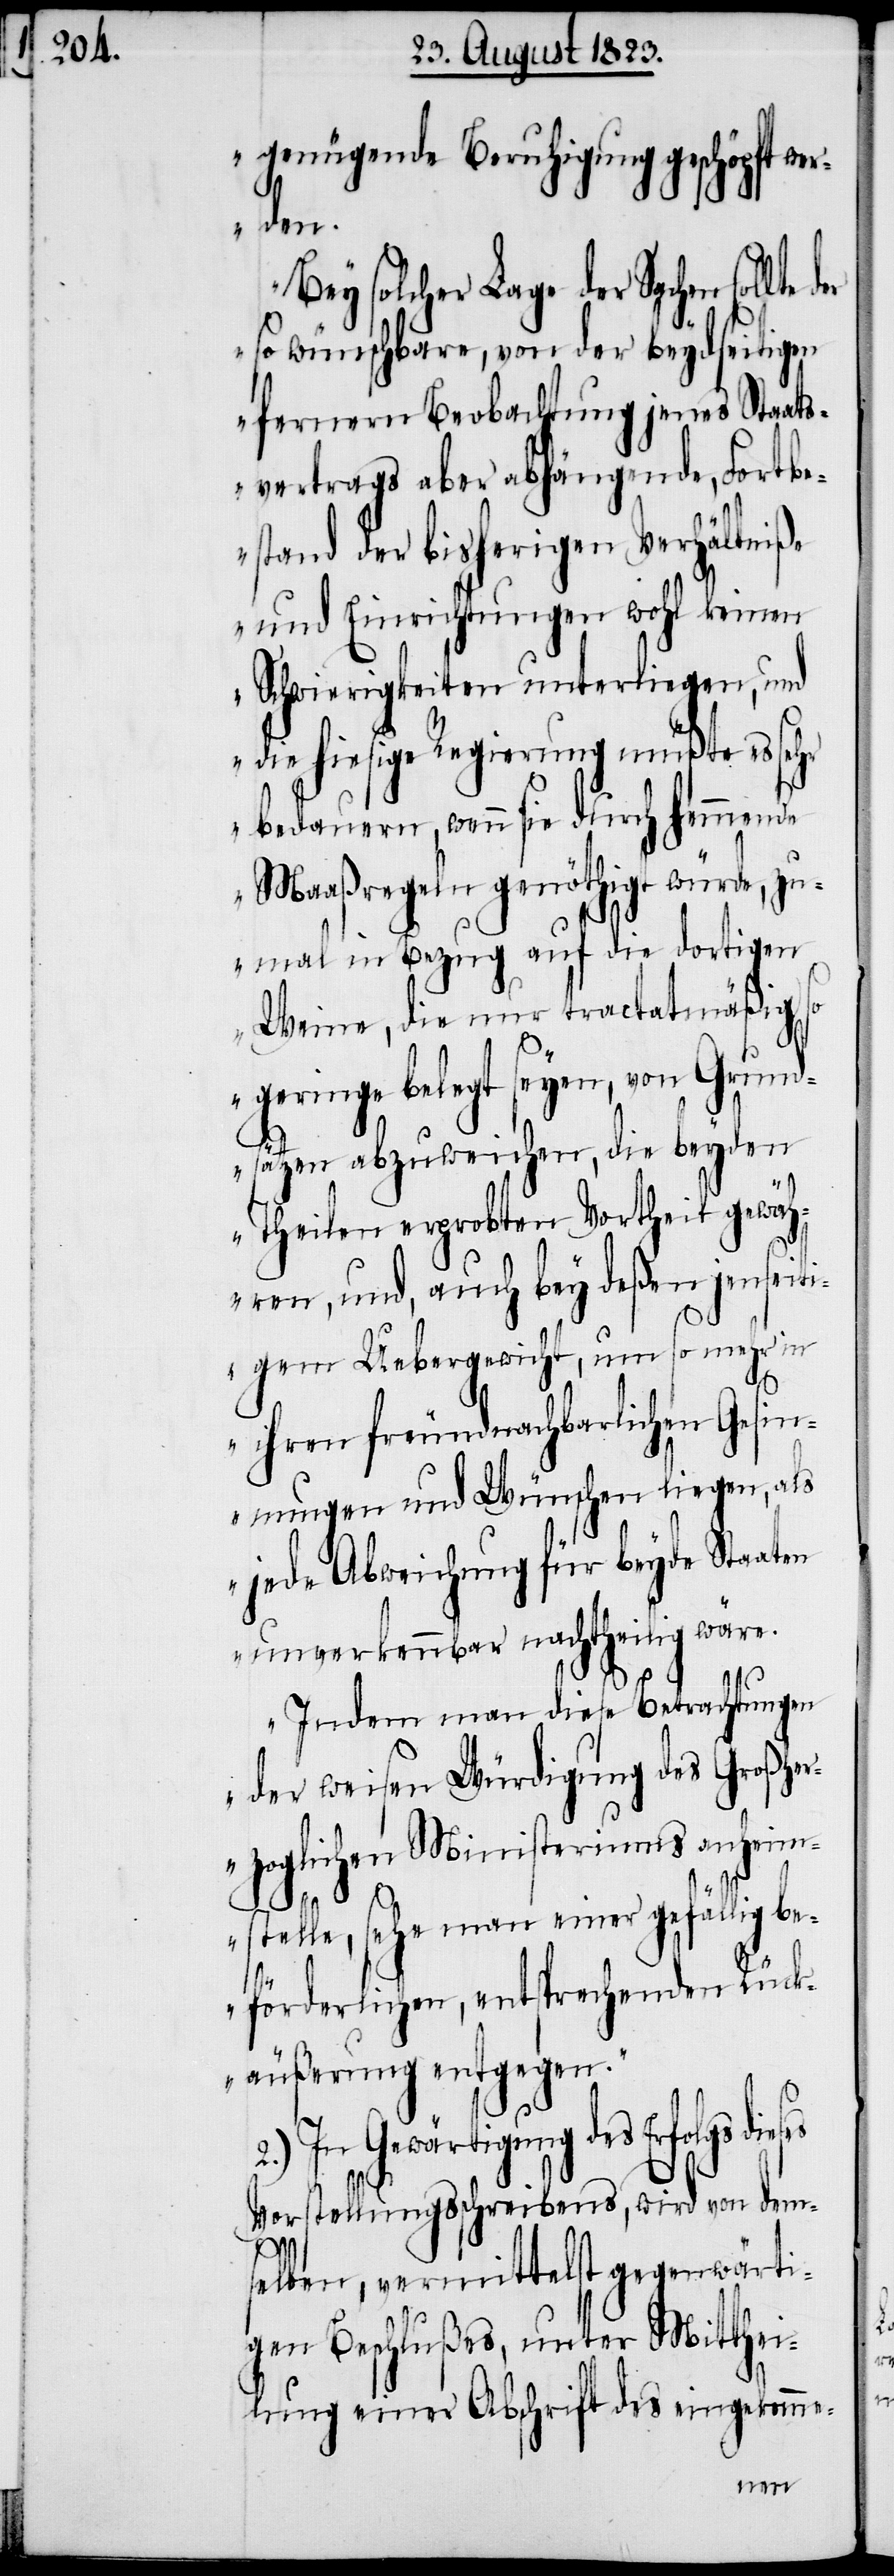
genügende Beruhigung geschöpft wer¬
den.
Bey solcher Lage der Sachen sollte
so wünschbare, von der beydseitigen
fernern Beobachtung jenes Staats¬
vertrags aber abhängende, Fortbe¬
stand der bisherigen Verhältniße
und Einrichtungen wohl keinen
Schwierigkeiten unterliegen, und
die hiesige Regierung müßte es sehr
bedauern, wenn sie durch hemmende
Maaßregeln genöthigt würde, zu¬
mal in Bezug auf die dortigen
Weine, die nur tractatmäßig so
geringe belegt seyen, von Grund¬
sätzen abzuweichen, die beyden
Theilen erprobten Vortheil gewäh¬
ren, und, auch bey deßen jenseit¬
igem Uebergewicht, um so mehr in
ihren freundnachbarlichen Gesin¬
nungen und Wünschen liegen, als
jede Abweichung für beyde Staaten
unverkennbar nachtheilig wäre.
Indem man diese Betrachtungen
der weisen Würdigung des Großhe¬
rzoglichen Ministeriums anheim¬
stelle, sehe man einer gefällig
beförderlichen, entsprechenden Rück¬
äußerung entgegen.“
In Gewärtigung des Erfolgs
Vorstellungsschreibens, wird von dem¬
2.)
selben, vermittelst gegenwärti¬
gen Beschlußes, unter Mitthei¬
lung einer Abschrift des eingekomme-